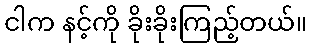
ငါက နင့်ကို ခိုးခိုးကြည့်တယ်။